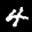
Label: 4